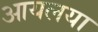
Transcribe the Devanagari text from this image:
आयलया